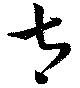
太